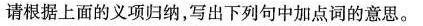
请根据上面的义项归纳，写出下列句中加点词的意思。